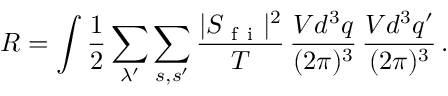
R = \int \frac { 1 } { 2 } \sum _ { \lambda ^ { \prime } } \sum _ { s , s ^ { \prime } } \frac { | S _ { \mathrm { ~ f ~ i ~ } } | ^ { 2 } } { T } \, \frac { V d ^ { 3 } q } { ( 2 \pi ) ^ { 3 } } \, \frac { V d ^ { 3 } q ^ { \prime } } { ( 2 \pi ) ^ { 3 } } \, .